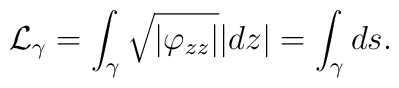
{\cal L}_{\gamma}=\int_\gamma \sqrt{|\varphi_{zz}|}|dz|=\int_\gamma ds.